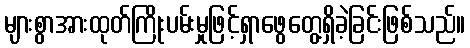
များစွာအားထုတ်ကြိုးပမ်းမှုဖြင့်ရှာဖွေတွေ့ရှိခဲ့ခြင်းဖြစ်သည်။